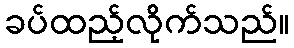
ခပ်ထည့်လိုက်သည်။